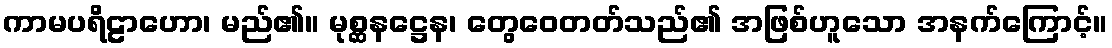
ကာမပရိဠာဟော၊ မည်၏။ မုစ္ဆနဋ္ဌေန၊ တွေဝေတတ်သည်၏ အဖြစ်ဟူသော အနက်ကြောင့်။